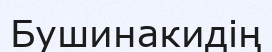
Бушинакидің